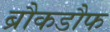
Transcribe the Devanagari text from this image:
ब्रौकडौफ